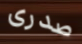
صدرى